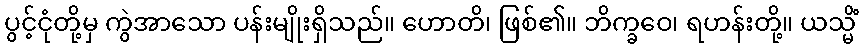
ပွင့်ငုံတို့မှ ကွဲအာသော ပန်းမျိုးရှိသည်။ ဟောတိ၊ ဖြစ်၏။ ဘိက္ခဝေ၊ ရဟန်းတို့။ ယသ္မိံ